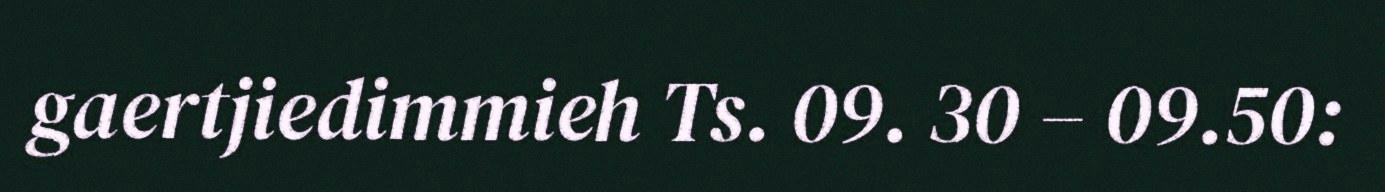
gaertjiedimmieh Ts. 09. 30 – 09.50: